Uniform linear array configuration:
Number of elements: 48
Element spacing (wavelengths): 0.75
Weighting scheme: hamming
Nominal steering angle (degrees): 0
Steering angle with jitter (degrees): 0.8044
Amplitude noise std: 0.05
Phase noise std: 0.05

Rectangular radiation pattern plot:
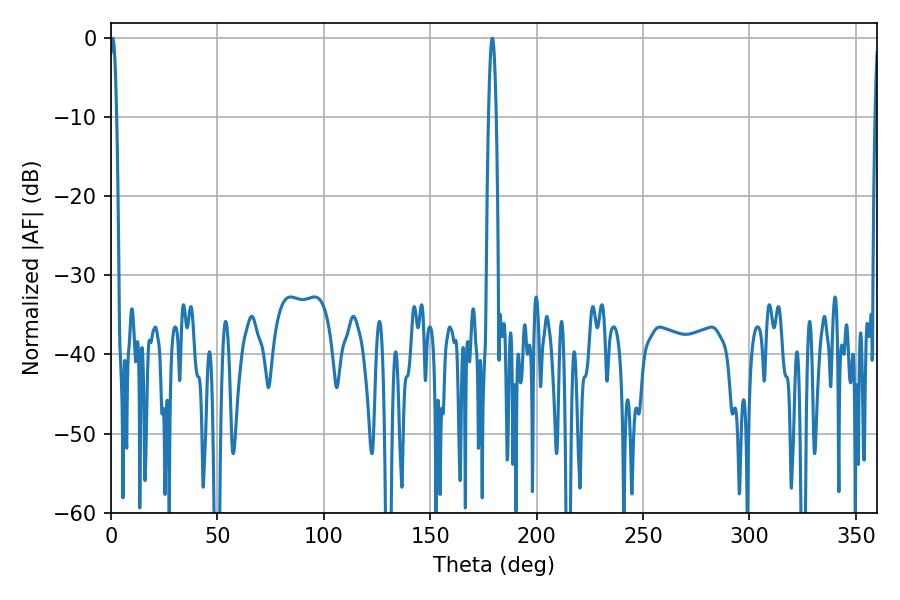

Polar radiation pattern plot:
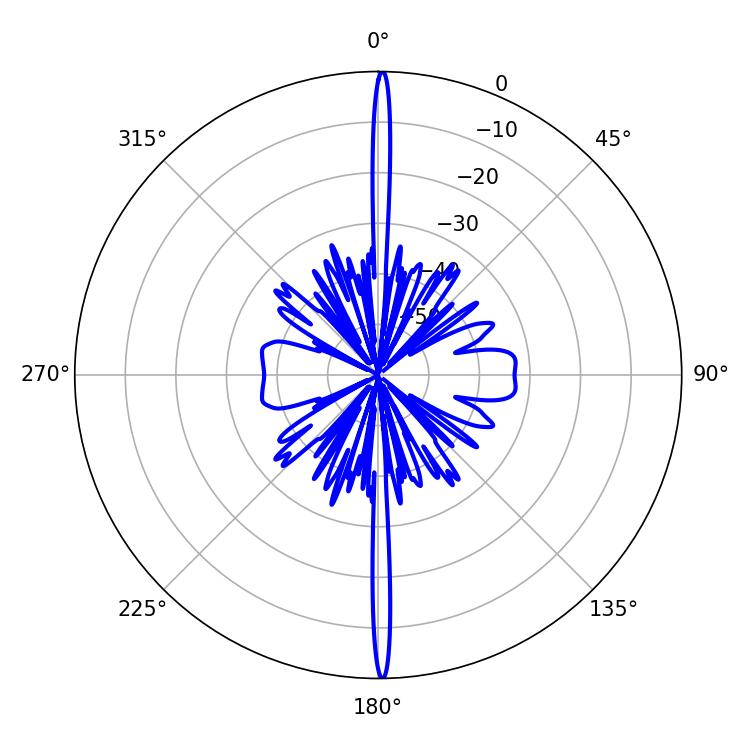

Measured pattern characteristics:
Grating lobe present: TRUE
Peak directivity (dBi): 32.205
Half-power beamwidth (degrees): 1.8
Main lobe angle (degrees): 0.9